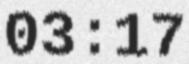
03:17